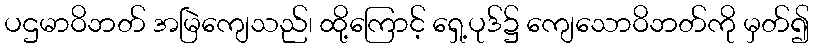
ပဌမာဝိဘတ် အမြဲကျေသည်၊ ထို့ကြောင့် ရှေ့ပုဒ်၌ ကျေသောဝိဘတ်ကို မှတ်၍